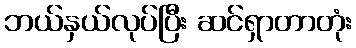
ဘယ်နှယ်လုပ်ပြီး ဆင်ရှာတာတုံး